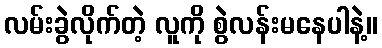
လမ်းခွဲလိုက်တဲ့ လူကို စွဲလန်းမနေပါနဲ့။